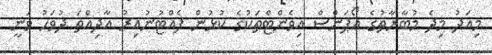
މިއަދު މިދެ މުބާރާތުގެ އޯޕަންސް އިވެންޓްތަކުގެ ކުޅުން ފެއްޓުނުއިރު އާދިއްތަ ދުވަހު ވަނީ